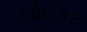
બોયકટ